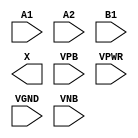
module sky130_fd_sc_hdll__o21a (
    //# {{data|Data Signals}}
    input  A1  ,
    input  A2  ,
    input  B1  ,
    output X   ,

    //# {{power|Power}}
    input  VPB ,
    input  VPWR,
    input  VGND,
    input  VNB
);
endmodule